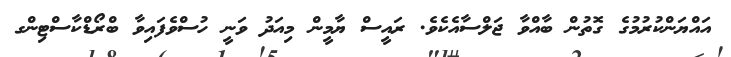
އައްޔަންކުރުމުގެ ގޮތުން ބާއްވާ ޖަލްސާއެކެވެ. ރައީސް ޔާމީން މިއަދު ވަނީ ހުސްވެފައިވާ ބްރޯޑްކާސްޓިންގ